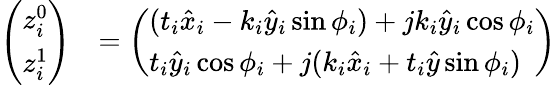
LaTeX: \begin{array}{rl}{\left(\begin{array}{l}{z_{i}^{0}}\\ {z_{i}^{1}}\end{array}\right)}&{=\left(\begin{array}{l}{(t_{i}\hat{x}_{i}-k_{i}\hat{y}_{i}\sin\phi_{i})+jk_{i}\hat{y}_{i}\cos\phi_{i}}\\ {t_{i}\hat{y}_{i}\cos\phi_{i}+j(k_{i}\hat{x}_{i}+t_{i}\hat{y}\sin\phi_{i})}\end{array}\right)}\end{array}